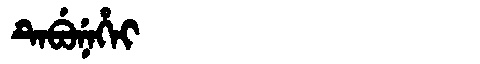
Manchu: ᡨᡝᠪᡠᠨᡝᡥᡝᡳ
Romanization: TEBUNEHEI